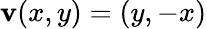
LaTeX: \mathbf{v}(x,y)=(y,-x)